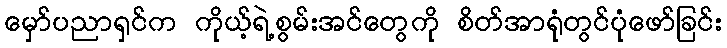
မှော်ပညာရှင်က ကိုယ့်ရဲ့စွမ်းအင်တွေကို စိတ်အာရုံတွင်ပုံဖော်ခြင်း